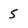
Character: S